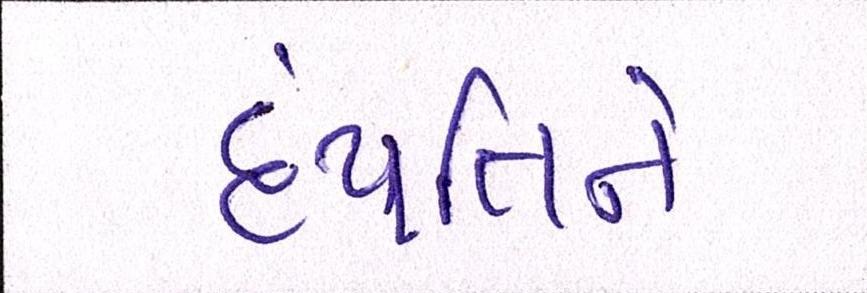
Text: દંપત્તિને